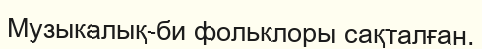
Музыкалық-би фольклоры сақталған.